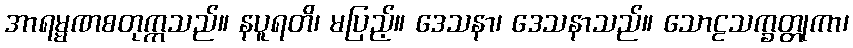
အာရမ္မဏစတုက္ကသည်။ နပူရတိ၊ မပြည့်။ ဒေသနာ၊ ဒေသနာသည်။ သောဠသက္ခတ္တုကာ၊